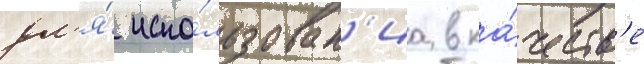
дл'я́ испо́льзован'иа в ка́честв'е